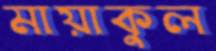
মায়াকুল